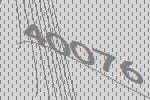
40076